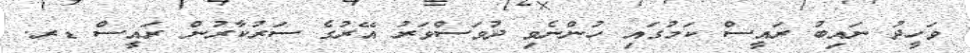
ވަހީދު ނައިބު ރައީސް ކަމުގައި ހުންނެވި ދުވަސްވަރު އޭރުގެ ސަރުކާރުން ރައީސް ޑރ.